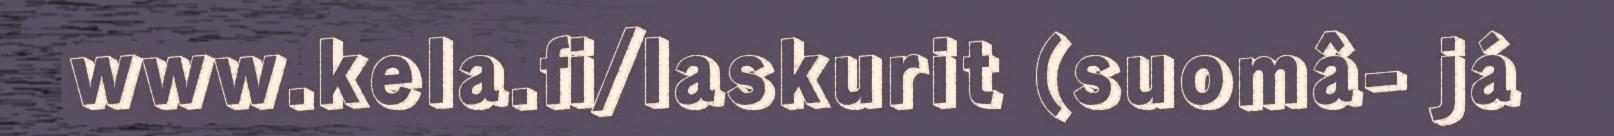
www.kela.fi/laskurit (suomâ- já